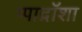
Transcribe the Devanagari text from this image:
प्पाद़ॉशा